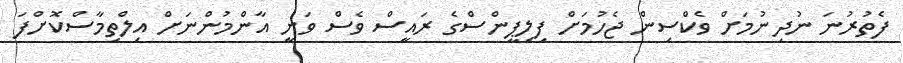
ފެތުރުނަ ނުދިނުމަށް ވެކްސިން ޖެހުމަށް ފިލިޕީންސްގެ ރައީސް ވެސް ވަނީ އާންމުންނަށް އިލްތިމާސްކޮށްފަ